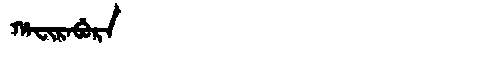
Manchu: ᡥᠠᠸᡳᡵᠠᠪᡠᡵᠠ
Romanization: HAFIRABURA